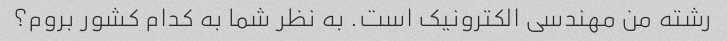
رشته من مهندسی الکترونیک است. به نظر شما به کدام کشور بروم؟